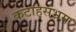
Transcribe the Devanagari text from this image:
कटाहसंभ्रम